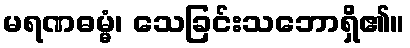
မရဏဓမ္မံ၊ သေခြင်းသဘောရှိ၏။